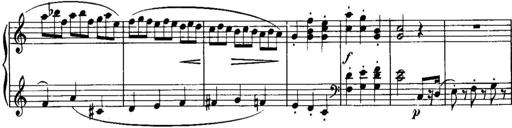
Title: Piano Sonatina No.1, Op.146
Composer: Stephen Heller